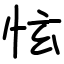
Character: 怰